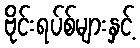
ဗိုင်းရပ်စ်များနှင့်